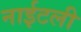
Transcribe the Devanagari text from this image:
नाईटली